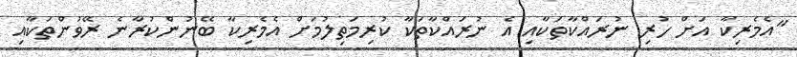
"އެމެރިކާ އަށް ހުރި ނުރައްކާތަކާއި އެ ނުރައްކާތަކާ ކުރިމަތިލުމަށް އެމެރިކާ ބޭނުންކުރާނެ ރޭވުންތަކާއި